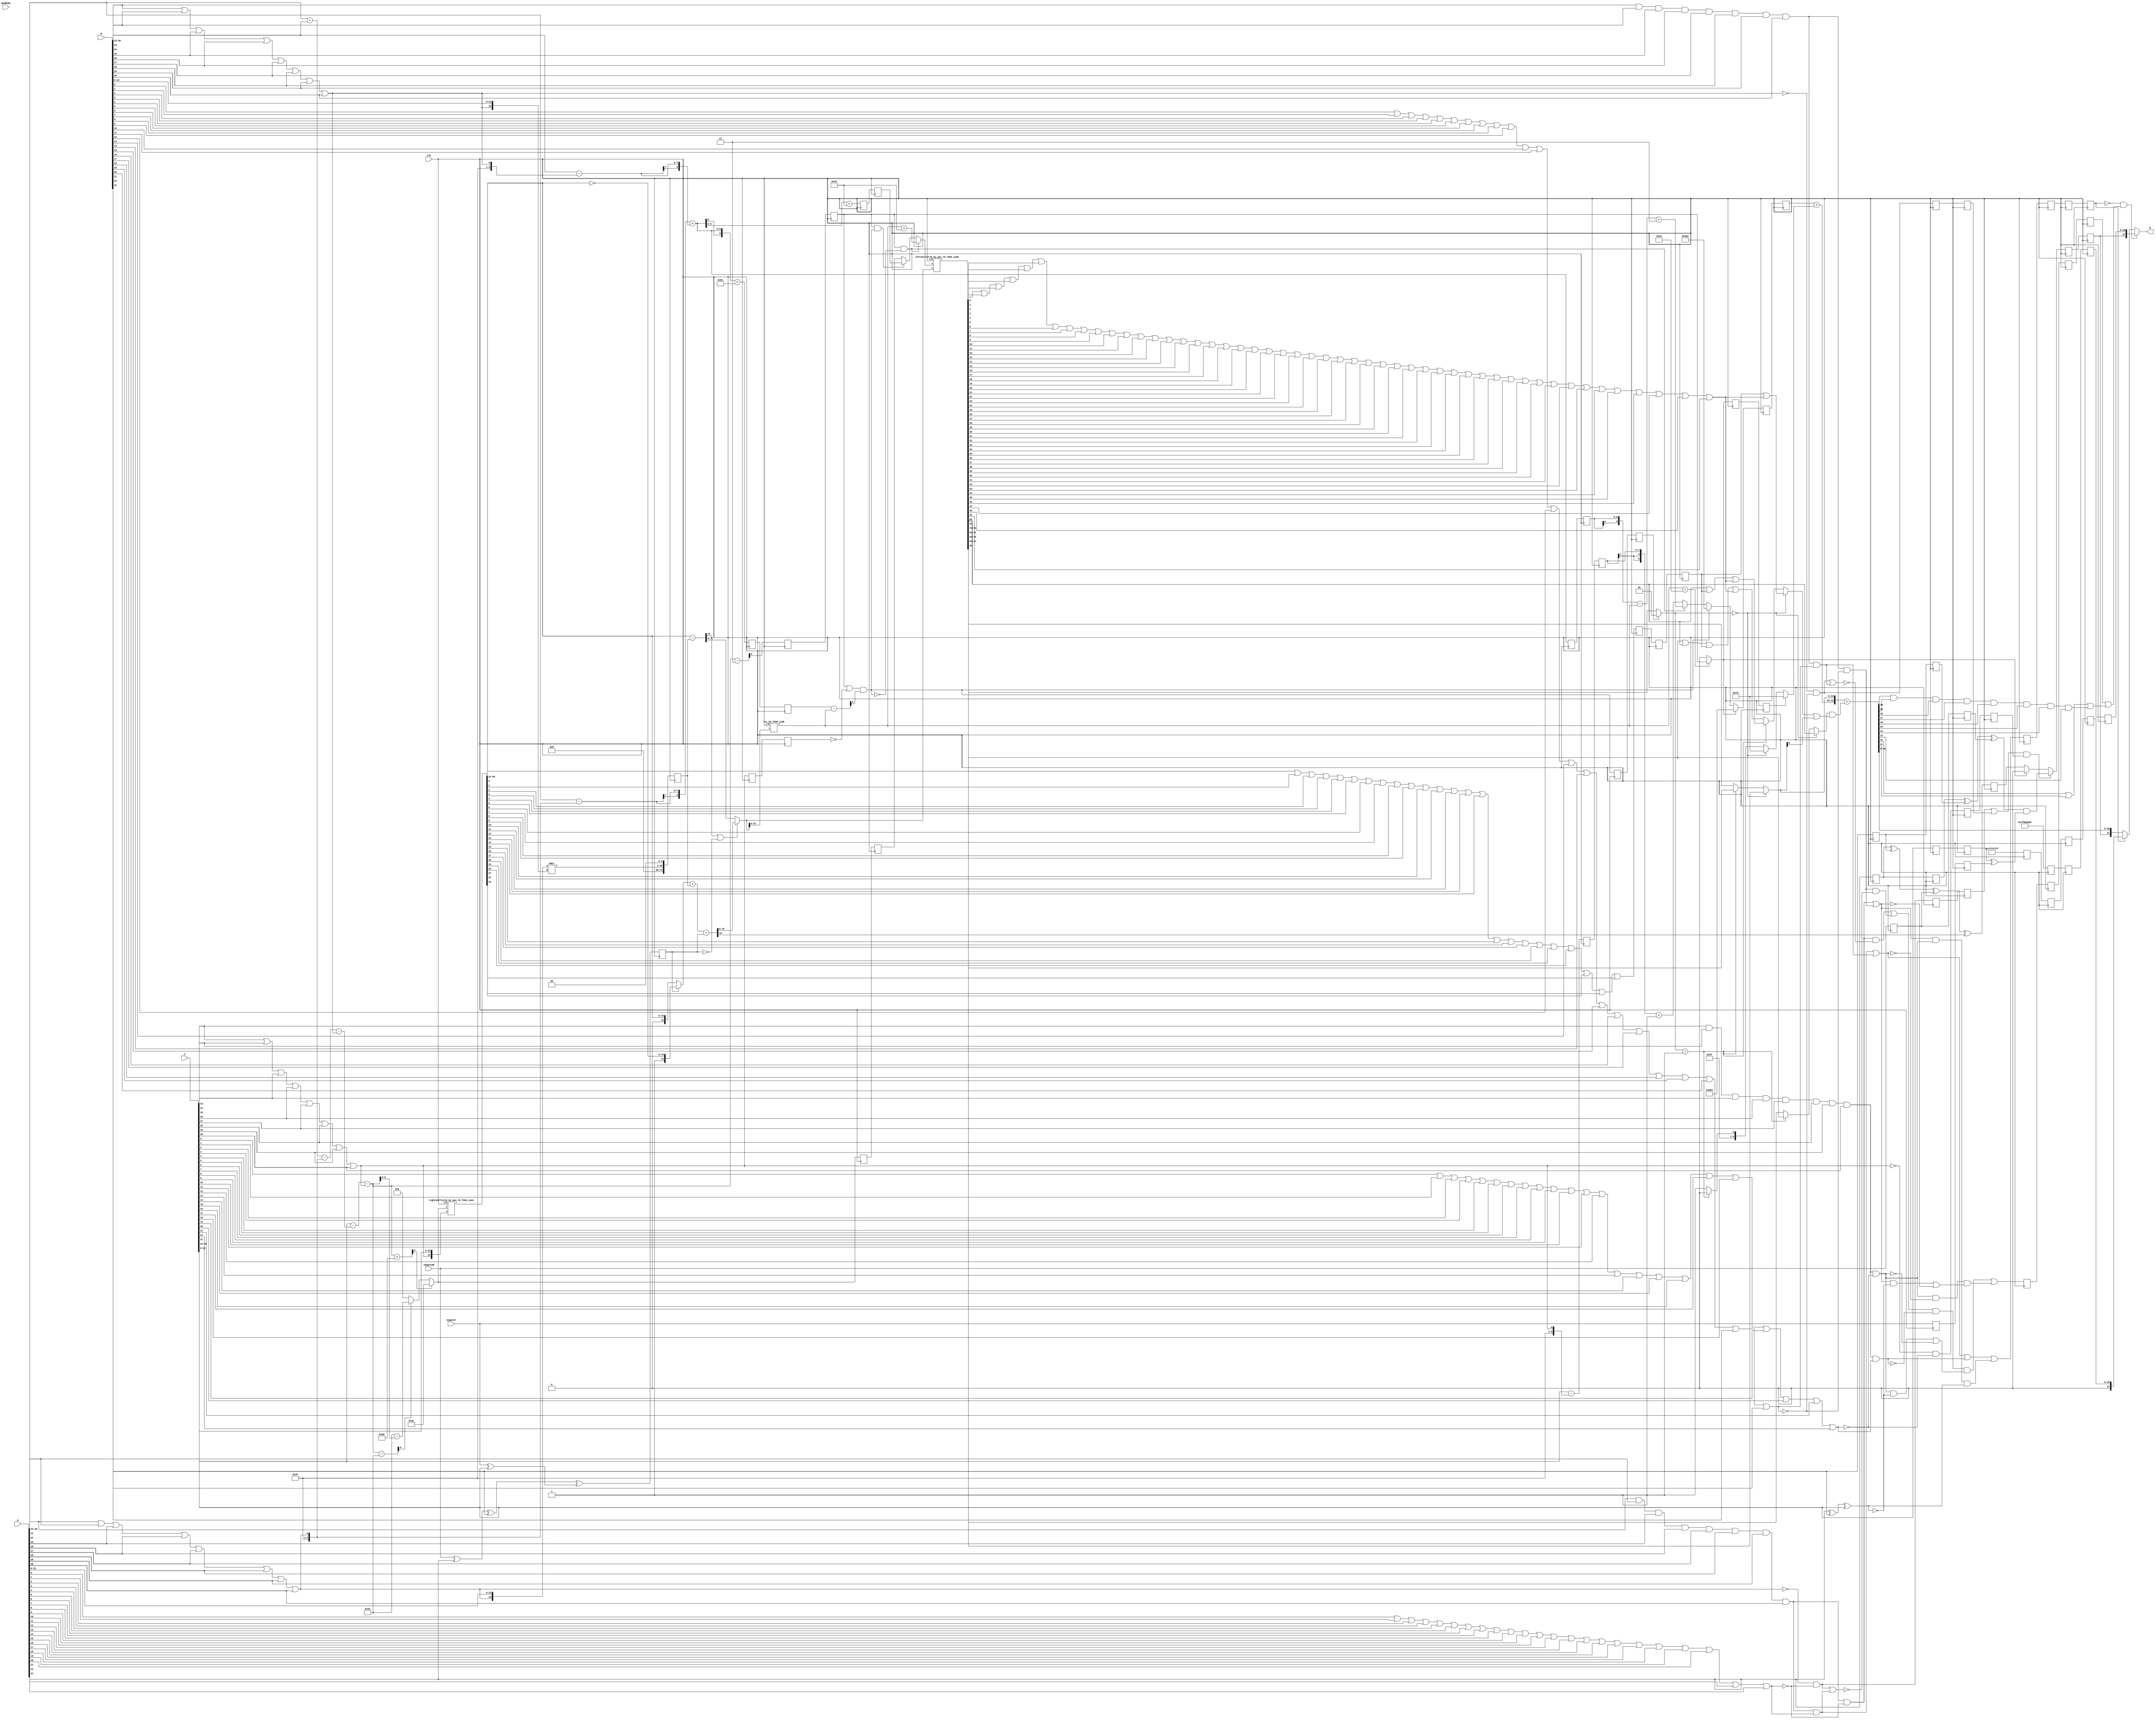
/* Generated by Yosys 0.13+37 (git sha1 675a7bd22, clang 11.0.1-2 -fPIC -Os) */

module IEEEFMA_S(clk, A, B, C, negateAB, negateC, RndMode, R);
  reg _000_;
  reg [8:0] _001_;
  wire _002_;
  wire _003_;
  wire _004_;
  wire _005_;
  wire _006_;
  wire _007_;
  wire _008_;
  wire _009_;
  wire _010_;
  wire _011_;
  reg _012_;
  wire _013_;
  wire _014_;
  wire _015_;
  wire _016_;
  wire _017_;
  wire _018_;
  wire _019_;
  wire _020_;
  wire _021_;
  wire _022_;
  reg _023_;
  wire _024_;
  wire _025_;
  wire _026_;
  wire _027_;
  wire _028_;
  wire _029_;
  wire _030_;
  wire _031_;
  wire _032_;
  wire _033_;
  reg _034_;
  wire _035_;
  wire _036_;
  wire _037_;
  wire _038_;
  wire _039_;
  wire _040_;
  wire _041_;
  wire _042_;
  wire _043_;
  wire _044_;
  reg _045_;
  wire _046_;
  wire _047_;
  wire _048_;
  wire _049_;
  wire _050_;
  wire [7:0] _051_;
  wire [7:0] _052_;
  wire [8:0] _053_;
  wire _054_;
  wire _055_;
  reg _056_;
  wire _057_;
  wire _058_;
  wire _059_;
  wire _060_;
  wire _061_;
  wire _062_;
  wire _063_;
  wire _064_;
  wire _065_;
  wire _066_;
  reg _067_;
  wire _068_;
  wire _069_;
  wire _070_;
  wire _071_;
  wire _072_;
  wire _073_;
  wire _074_;
  wire _075_;
  wire _076_;
  wire _077_;
  reg _078_;
  wire _079_;
  wire _080_;
  wire _081_;
  wire _082_;
  wire _083_;
  wire _084_;
  wire _085_;
  wire _086_;
  wire _087_;
  wire _088_;
  reg _089_;
  wire _090_;
  wire _091_;
  wire _092_;
  wire _093_;
  wire _094_;
  wire _095_;
  wire _096_;
  wire _097_;
  wire _098_;
  wire _099_;
  reg _100_;
  wire _101_;
  wire _102_;
  wire _103_;
  wire _104_;
  wire _105_;
  wire _106_;
  wire _107_;
  wire _108_;
  wire _109_;
  wire _110_;
  reg _111_;
  reg _112_;
  wire _113_;
  wire _114_;
  wire _115_;
  wire _116_;
  wire _117_;
  wire _118_;
  wire _119_;
  wire _120_;
  wire _121_;
  wire _122_;
  reg _123_;
  wire _124_;
  wire _125_;
  wire _126_;
  wire _127_;
  wire _128_;
  wire _129_;
  wire _130_;
  wire _131_;
  wire _132_;
  wire _133_;
  reg _134_;
  wire _135_;
  wire _136_;
  wire _137_;
  wire _138_;
  wire _139_;
  wire _140_;
  wire _141_;
  wire [7:0] _142_;
  wire _143_;
  wire _144_;
  reg _145_;
  wire _146_;
  wire _147_;
  wire [9:0] _148_;
  wire [9:0] _149_;
  wire [9:0] _150_;
  wire [9:0] _151_;
  wire [9:0] _152_;
  wire [9:0] _153_;
  wire [9:0] _154_;
  wire [9:0] _155_;
  reg _156_;
  wire [6:0] _157_;
  wire [6:0] _158_;
  wire [6:0] _159_;
  wire [99:0] _160_;
  wire _161_;
  wire _162_;
  wire _163_;
  wire _164_;
  wire _165_;
  wire _166_;
  reg [7:0] _167_;
  wire _168_;
  wire _169_;
  wire _170_;
  wire _171_;
  wire _172_;
  wire _173_;
  wire _174_;
  wire _175_;
  wire _176_;
  wire _177_;
  reg [7:0] _178_;
  wire _179_;
  wire _180_;
  wire _181_;
  wire _182_;
  wire _183_;
  wire _184_;
  wire _185_;
  wire [47:0] _186_;
  wire _187_;
  wire [76:0] _188_;
  reg _189_;
  wire [75:0] _190_;
  wire [76:0] _191_;
  wire [76:0] _192_;
  wire [76:0] _193_;
  wire _194_;
  wire _195_;
  wire _196_;
  wire _197_;
  wire _198_;
  wire [75:0] _199_;
  reg _200_;
  wire [5:0] _201_;
  wire [9:0] _202_;
  wire [9:0] _203_;
  wire _204_;
  wire _205_;
  wire _206_;
  wire _207_;
  wire _208_;
  wire _209_;
  wire _210_;
  reg _211_;
  wire _212_;
  wire _213_;
  wire _214_;
  wire _215_;
  wire _216_;
  wire _217_;
  wire [8:0] _218_;
  wire [6:0] _219_;
  wire _220_;
  wire _221_;
  reg _222_;
  reg [6:0] _223_;
  wire [6:0] _224_;
  wire _225_;
  wire [6:0] _226_;
  wire [150:0] _227_;
  wire [9:0] _228_;
  wire [9:0] _229_;
  wire [9:0] _230_;
  wire [9:0] _231_;
  wire _232_;
  wire _233_;
  reg [6:0] _234_;
  wire [9:0] _235_;
  wire [9:0] _236_;
  wire _237_;
  wire _238_;
  wire _239_;
  wire _240_;
  wire _241_;
  wire _242_;
  wire _243_;
  wire _244_;
  reg _245_;
  wire _246_;
  wire _247_;
  wire _248_;
  wire _249_;
  wire _250_;
  wire _251_;
  wire _252_;
  wire _253_;
  wire _254_;
  wire _255_;
  reg _256_;
  wire _257_;
  wire _258_;
  wire _259_;
  wire _260_;
  wire _261_;
  wire _262_;
  wire _263_;
  wire _264_;
  wire _265_;
  wire _266_;
  reg _267_;
  wire _268_;
  wire _269_;
  wire _270_;
  wire _271_;
  wire _272_;
  wire _273_;
  wire _274_;
  wire _275_;
  wire _276_;
  wire _277_;
  reg [75:0] _278_;
  wire _279_;
  wire _280_;
  wire _281_;
  wire _282_;
  wire _283_;
  wire _284_;
  wire _285_;
  wire _286_;
  wire _287_;
  wire _288_;
  reg _289_;
  wire _290_;
  wire [1:0] _291_;
  wire _292_;
  wire [22:0] _293_;
  wire _294_;
  wire [22:0] _295_;
  wire _296_;
  wire _297_;
  wire _298_;
  wire _299_;
  reg [9:0] _300_;
  wire _301_;
  wire _302_;
  wire _303_;
  wire _304_;
  wire _305_;
  wire _306_;
  wire _307_;
  wire _308_;
  wire _309_;
  wire _310_;
  reg [9:0] _311_;
  wire _312_;
  wire _313_;
  wire [9:0] _314_;
  wire _315_;
  wire [9:0] _316_;
  wire _317_;
  wire [9:0] _318_;
  wire [9:0] _319_;
  wire [32:0] _320_;
  wire _321_;
  reg _322_;
  wire _323_;
  wire _324_;
  wire _325_;
  wire _326_;
  wire _327_;
  wire _328_;
  wire _329_;
  wire _330_;
  wire _331_;
  wire _332_;
  reg _333_;
  reg _334_;
  wire _335_;
  wire [31:0] _336_;
  wire [31:0] _337_;
  reg _338_;
  reg _339_;
  reg _340_;
  reg _341_;
  reg [8:0] _342_;
  reg [8:0] _343_;
  reg [9:0] _344_;
  reg [9:0] _345_;
  reg [30:0] _346_;
  reg _347_;
  reg [30:0] _348_;
  reg [30:0] _349_;
  reg [30:0] _350_;
  reg [30:0] _351_;
  reg [30:0] _352_;
  reg [30:0] _353_;
  reg [30:0] _354_;
  reg _355_;
  reg _356_;
  reg _357_;
  reg _358_;
  reg _359_;
  wire _360_;
  wire _361_;
  wire _362_;
  wire _363_;
  wire _364_;
  wire _365_;
  wire _366_;
  wire _367_;
  wire _368_;
  reg _369_;
  wire _370_;
  wire _371_;
  wire _372_;
  wire _373_;
  wire _374_;
  wire _375_;
  wire _376_;
  wire _377_;
  wire _378_;
  wire _379_;
  reg _380_;
  wire _381_;
  wire _382_;
  wire _383_;
  wire _384_;
  wire _385_;
  wire _386_;
  wire _387_;
  wire _388_;
  wire _389_;
  wire _390_;
  reg [8:0] _391_;
  wire _392_;
  wire _393_;
  wire _394_;
  wire _395_;
  wire _396_;
  wire _397_;
  wire _398_;
  wire _399_;
  wire _400_;
  wire _401_;
  input [31:0] A;
  wire [31:0] A;
  input [31:0] B;
  wire [31:0] B;
  input [31:0] C;
  wire [31:0] C;
  output [31:0] R;
  wire [31:0] R;
  input [1:0] RndMode;
  wire [1:0] RndMode;
  wire [7:0] aexp;
  wire [7:0] aexpfield;
  wire [8:0] aexpplusbexp;
  wire [8:0] aexpplusbexp_d1;
  wire [8:0] aexpplusbexp_d2;
  wire ahasnonnullsig;
  wire aisinf;
  wire aisinfornan;
  wire aisnan;
  wire aisnormal;
  wire aiszero;
  wire aiszero_d1;
  wire aiszero_d2;
  wire asgn;
  wire asgn_d1;
  wire asgn_d2;
  wire [23:0] asig;
  wire [22:0] asigfield;
  wire [7:0] bexp;
  wire [7:0] bexpfield;
  wire bhasnonnullsig;
  wire [76:0] bigsum;
  wire [76:0] bigsum2;
  wire [75:0] bigsumabs;
  wire [51:0] bigsumabslowerbits;
  wire [150:0] bigsumnormd;
  wire bisinf;
  wire bisinfornan;
  wire bisnan;
  wire bisnormal;
  wire biszero;
  wire biszero_d1;
  wire biszero_d2;
  wire bsgn;
  wire bsgn_d1;
  wire bsgn_d2;
  wire [23:0] bsig;
  wire [22:0] bsigfield;
  wire [7:0] cexp;
  wire [7:0] cexp_d1;
  wire [7:0] cexp_d2;
  wire [7:0] cexpfield;
  wire chasnonnullsig;
  wire cisinf;
  wire cisinfornan;
  wire cisnan;
  wire cisnormal;
  wire cisnormal_d1;
  wire cisnormal_d2;
  wire ciszero;
  wire ciszero_d1;
  wire ciszero_d2;
  input clk;
  wire clk;
  wire csgn;
  wire csgn_d1;
  wire csgn_d2;
  wire [23:0] csig;
  wire [22:0] csigfield;
  wire [76:0] csiginverted;
  wire [99:0] csigshifted;
  wire [75:0] csigshiftedt;
  wire effectivesub;
  wire effectivesub_d1;
  wire [9:0] expdiff;
  wire expdiffnotlarge;
  wire [9:0] expdiffprepare;
  wire expdiffsmall;
  wire expdiffsmall_d1;
  wire expdiffsmall_d2;
  wire expdiffverysmall;
  wire [9:0] exponentresult1;
  wire [9:0] exptentative;
  wire [9:0] exptentative_d1;
  wire [9:0] exptentative_d2;
  wire [9:0] expupdate;
  wire finalrisinf;
  wire [1:0] fracleadingbits;
  wire [1:0] fracleadingbitsnormal;
  wire [22:0] fracresultnormd;
  wire fracresultroundbit;
  wire fracresultstickybit;
  wire [26:0] fractentative;
  wire [5:0] \ieeefma_8_23_f300_uid2leadingzerocounter:636 ;
  wire [30:0] inf;
  wire [30:0] inf_d1;
  wire [30:0] inf_d2;
  wire [30:0] inf_d3;
  wire [30:0] inf_d4;
  wire [5:0] l;
  wire [30:0] nan;
  wire [30:0] nan_d1;
  wire [30:0] nan_d2;
  wire [30:0] nan_d3;
  wire [30:0] nan_d4;
  input negateAB;
  wire negateAB;
  input negateC;
  wire negateC;
  wire negateab_d1;
  wire negateab_d2;
  wire negatec_d1;
  wire negatec_d2;
  wire [150:0] \normalizationshifter:700 ;
  wire [6:0] normshiftvalue;
  wire [47:0] p;
  wire [75:0] paligned;
  wire [75:0] paligned_d1;
  wire [32:0] resultbeforeround;
  wire [32:0] resultrounded;
  wire [99:0] \rightshiftercomponent:531 ;
  wire risnan;
  wire risnan_d1;
  wire risnan_d2;
  wire risnan_d3;
  wire risnan_d4;
  wire rissubnormal;
  wire rissubnormal_d1;
  wire rissubnormal_d2;
  wire riszero;
  wire riszero_d1;
  wire riszero_d2;
  wire round;
  wire roverflowed;
  wire rsgn;
  wire rsgn_d1;
  wire rsgn_d2;
  wire rsgntentative;
  wire rsgntentative_d1;
  wire [6:0] shiftvalue;
  wire [6:0] shiftvalue_d1;
  wire [6:0] shiftvalue_d2;
  wire [8:0] shiftvaluecasesubnormal;
  wire [8:0] shiftvaluecasesubnormal_d1;
  wire [8:0] shiftvaluecasesubnormal_d2;
  wire sticky1;
  wire sticky1_d1;
  wire sticky1_d2;
  wire sticky1_d3;
  wire sticky2;
  wire tentativerisinf;
  wire tentativerisinf_d1;
  wire tentativerisinf_d2;
  wire tentativerisinf_d3;
  wire tentativerisinf_d4;
  wire [9:0] tmpexpcomp1;
  wire [9:0] tmpexpcomp2;
  wire [9:0] tmpexpcomp3;
  wire [9:0] tmpexpcompres1;
  wire [9:0] tmpexpcompres1_d1;
  wire [9:0] tmpexpcompres1_d2;
  wire [9:0] tmpexpcompres2;
  always @(posedge clk)
    _289_ <= rsgntentative;
  always @(posedge clk)
    _300_ <= tmpexpcompres1;
  always @(posedge clk)
    _311_ <= tmpexpcompres1_d1;
  always @(posedge clk)
    _322_ <= rissubnormal;
  always @(posedge clk)
    _334_ <= rissubnormal_d1;
  always @(posedge clk)
    _338_ <= riszero;
  always @(posedge clk)
    _339_ <= riszero_d1;
  always @(posedge clk)
    _340_ <= rsgn;
  always @(posedge clk)
    _341_ <= rsgn_d1;
  always @(posedge clk)
    _342_ <= shiftvaluecasesubnormal;
  always @(posedge clk)
    _343_ <= shiftvaluecasesubnormal_d1;
  always @(posedge clk)
    _344_ <= exptentative;
  always @(posedge clk)
    _345_ <= exptentative_d1;
  always @(posedge clk)
    _346_ <= inf;
  always @(posedge clk)
    _348_ <= inf_d1;
  always @(posedge clk)
    _349_ <= inf_d2;
  always @(posedge clk)
    _350_ <= inf_d3;
  always @(posedge clk)
    _351_ <= nan;
  always @(posedge clk)
    _352_ <= nan_d1;
  always @(posedge clk)
    _353_ <= nan_d2;
  always @(posedge clk)
    _354_ <= nan_d3;
  always @(posedge clk)
    _355_ <= negateAB;
  always @(posedge clk)
    _356_ <= negateab_d1;
  always @(posedge clk)
    _357_ <= negateC;
  always @(posedge clk)
    _359_ <= negatec_d1;
  assign _360_ = A[23] | A[24];
  assign _361_ = _360_ | A[25];
  assign _362_ = _361_ | A[26];
  assign _363_ = _362_ | A[27];
  assign _364_ = _363_ | A[28];
  assign _365_ = _364_ | A[29];
  assign _366_ = _365_ | A[30];
  assign _367_ = A[23] & A[24];
  assign _368_ = _367_ & A[25];
  assign _370_ = _368_ & A[26];
  assign _371_ = _370_ & A[27];
  assign _372_ = _371_ & A[28];
  assign _373_ = _372_ & A[29];
  assign _374_ = _373_ & A[30];
  assign _375_ = A[0] | A[1];
  assign _376_ = _375_ | A[2];
  assign _377_ = _376_ | A[3];
  assign _378_ = _377_ | A[4];
  assign _379_ = _378_ | A[5];
  assign _381_ = _379_ | A[6];
  assign _382_ = _381_ | A[7];
  assign _383_ = _382_ | A[8];
  assign _384_ = _383_ | A[9];
  assign _385_ = _384_ | A[10];
  assign _386_ = _385_ | A[11];
  assign _387_ = _386_ | A[12];
  assign _388_ = _387_ | A[13];
  assign _389_ = _388_ | A[14];
  assign _390_ = _389_ | A[15];
  assign _392_ = _390_ | A[16];
  assign _393_ = _392_ | A[17];
  assign _394_ = _393_ | A[18];
  assign _395_ = _394_ | A[19];
  assign _396_ = _395_ | A[20];
  assign _397_ = _396_ | A[21];
  assign _398_ = _397_ | A[22];
  assign _399_ = ~ aisnormal;
  assign _400_ = ~ ahasnonnullsig;
  assign _401_ = _399_ & _400_;
  assign _002_ = ~ ahasnonnullsig;
  assign _003_ = aisinfornan & _002_;
  assign _004_ = aisinfornan & ahasnonnullsig;
  assign _005_ = B[23] | B[24];
  assign _006_ = _005_ | B[25];
  assign _007_ = _006_ | B[26];
  assign _008_ = _007_ | B[27];
  assign _009_ = _008_ | B[28];
  assign _010_ = _009_ | B[29];
  assign _011_ = _010_ | B[30];
  assign _013_ = B[23] & B[24];
  assign _014_ = _013_ & B[25];
  assign _015_ = _014_ & B[26];
  assign _016_ = _015_ & B[27];
  assign _017_ = _016_ & B[28];
  assign _018_ = _017_ & B[29];
  assign _019_ = _018_ & B[30];
  assign _020_ = B[0] | B[1];
  assign _021_ = _020_ | B[2];
  assign _022_ = _021_ | B[3];
  assign _024_ = _022_ | B[4];
  assign _025_ = _024_ | B[5];
  assign _026_ = _025_ | B[6];
  assign _027_ = _026_ | B[7];
  assign _028_ = _027_ | B[8];
  assign _029_ = _028_ | B[9];
  assign _030_ = _029_ | B[10];
  assign _031_ = _030_ | B[11];
  assign _032_ = _031_ | B[12];
  assign _033_ = _032_ | B[13];
  assign _035_ = _033_ | B[14];
  assign _036_ = _035_ | B[15];
  assign _037_ = _036_ | B[16];
  assign _038_ = _037_ | B[17];
  assign _039_ = _038_ | B[18];
  assign _040_ = _039_ | B[19];
  assign _041_ = _040_ | B[20];
  assign _042_ = _041_ | B[21];
  assign _043_ = _042_ | B[22];
  assign _044_ = ~ bisnormal;
  assign _046_ = ~ bhasnonnullsig;
  assign _047_ = _044_ & _046_;
  assign _048_ = ~ bhasnonnullsig;
  assign _049_ = bisinfornan & _048_;
  assign _050_ = bisinfornan & bhasnonnullsig;
  assign _051_ = aexpfield - { 7'h3f, aisnormal };
  assign _052_ = bexpfield - { 7'h3f, bisnormal };
  assign _053_ = { aexp[7], aexp } + { bexp[7], bexp };
  assign _054_ = C[23] | C[24];
  assign _055_ = _054_ | C[25];
  assign _057_ = _055_ | C[26];
  assign _058_ = _057_ | C[27];
  assign _059_ = _058_ | C[28];
  assign _060_ = _059_ | C[29];
  assign _061_ = _060_ | C[30];
  assign _062_ = C[23] & C[24];
  assign _063_ = _062_ & C[25];
  assign _064_ = _063_ & C[26];
  assign _065_ = _064_ & C[27];
  assign _066_ = _065_ & C[28];
  assign _068_ = _066_ & C[29];
  assign _069_ = _068_ & C[30];
  assign _070_ = C[0] | C[1];
  assign _071_ = _070_ | C[2];
  assign _072_ = _071_ | C[3];
  assign _073_ = _072_ | C[4];
  assign _074_ = _073_ | C[5];
  assign _075_ = _074_ | C[6];
  assign _076_ = _075_ | C[7];
  assign _077_ = _076_ | C[8];
  assign _079_ = _077_ | C[9];
  assign _080_ = _079_ | C[10];
  assign _081_ = _080_ | C[11];
  assign _082_ = _081_ | C[12];
  assign _083_ = _082_ | C[13];
  assign _084_ = _083_ | C[14];
  assign _085_ = _084_ | C[15];
  assign _086_ = _085_ | C[16];
  assign _087_ = _086_ | C[17];
  assign _088_ = _087_ | C[18];
  assign _090_ = _088_ | C[19];
  assign _091_ = _090_ | C[20];
  assign _092_ = _091_ | C[21];
  assign _093_ = _092_ | C[22];
  assign _094_ = ~ cisnormal;
  assign _095_ = ~ chasnonnullsig;
  assign _096_ = _094_ & _095_;
  assign _097_ = ~ chasnonnullsig;
  assign _098_ = cisinfornan & _097_;
  assign _099_ = cisinfornan & chasnonnullsig;
  assign _101_ = aisnan | bisnan;
  assign _102_ = _101_ | cisnan;
  assign _103_ = aisinf | bisinf;
  assign _104_ = _103_ & cisinf;
  assign _105_ = asgn ^ bsgn;
  assign _106_ = _105_ ^ csgn;
  assign _107_ = _104_ & _106_;
  assign _108_ = _102_ | _107_;
  assign _109_ = biszero | bisnan;
  assign _110_ = ~ _109_;
  assign _113_ = aisinf & _110_;
  assign _114_ = aiszero | aisnan;
  assign _115_ = ~ _114_;
  assign _116_ = bisinf & _115_;
  assign _117_ = _113_ | _116_;
  assign _118_ = ~ cisnan;
  assign _119_ = _117_ & _118_;
  assign _120_ = asgn ^ bsgn;
  assign _121_ = _120_ ^ csgn;
  assign _122_ = ~ _121_;
  assign _124_ = cisinf & _122_;
  assign _125_ = ~ cisinf;
  assign _126_ = _124_ | _125_;
  assign _127_ = _119_ & _126_;
  assign _128_ = aisnan | bisnan;
  assign _129_ = ~ _128_;
  assign _130_ = cisinf & _129_;
  assign _131_ = aisinf | bisinf;
  assign _132_ = asgn ^ bsgn;
  assign _133_ = _132_ ^ csgn;
  assign _135_ = ~ _133_;
  assign _136_ = _131_ & _135_;
  assign _137_ = aisinf | bisinf;
  assign _138_ = ~ _137_;
  assign _139_ = _136_ | _138_;
  assign _140_ = _130_ & _139_;
  assign _141_ = _127_ | _140_;
  assign _142_ = cexpfield - { 7'h3f, cisnormal };
  assign _143_ = negateAB ^ asgn;
  assign _144_ = _143_ ^ bsgn;
  assign _146_ = negateC ^ csgn;
  assign _147_ = _144_ ^ _146_;
  assign _148_ = { 2'h0, aexpfield } + { 2'h0, bexpfield };
  assign _149_ = _148_ - { 9'h03f, aisnormal };
  assign _150_ = _149_ - { 9'h000, bisnormal };
  assign _151_ = { 2'h0, cexpfield } - expdiffprepare;
  assign _152_ = _151_ - { 9'h000, cisnormal };
  assign _153_ = expdiff + 10'h030;
  assign _154_ = expdiff - 10'h003;
  assign _155_ = expdiff - 10'h01b;
  assign _157_ = expdiffverysmall ? 7'h4c : _159_;
  assign _158_ = 7'h1b - expdiff[6:0];
  assign _159_ = expdiffnotlarge ? _158_ : 7'h00;
  assign _161_ = csigshifted[0] | csigshifted[1];
  assign _162_ = _161_ | csigshifted[2];
  assign _163_ = _162_ | csigshifted[3];
  assign _164_ = _163_ | csigshifted[4];
  assign _165_ = _164_ | csigshifted[5];
  assign _166_ = _165_ | csigshifted[6];
  assign _168_ = _166_ | csigshifted[7];
  assign _169_ = _168_ | csigshifted[8];
  assign _170_ = _169_ | csigshifted[9];
  assign _171_ = _170_ | csigshifted[10];
  assign _172_ = _171_ | csigshifted[11];
  assign _173_ = _172_ | csigshifted[12];
  assign _174_ = _173_ | csigshifted[13];
  assign _175_ = _174_ | csigshifted[14];
  assign _176_ = _175_ | csigshifted[15];
  assign _177_ = _176_ | csigshifted[16];
  assign _179_ = _177_ | csigshifted[17];
  assign _180_ = _179_ | csigshifted[18];
  assign _181_ = _180_ | csigshifted[19];
  assign _182_ = _181_ | csigshifted[20];
  assign _183_ = _182_ | csigshifted[21];
  assign _184_ = _183_ | csigshifted[22];
  assign _185_ = _184_ | csigshifted[23];
  assign _186_ = $signed({ 24'h000000, asig }) * $signed({ 24'h000000, bsig });
  assign _187_ = ~ effectivesub_d1;
  assign _188_ = _187_ ? { 1'h0, csigshiftedt } : { 1'h1, _190_ };
  assign _190_ = ~ csigshiftedt;
  assign _191_ = csiginverted + { 1'h0, paligned_d1 };
  assign _192_ = _191_ + { 76'h0000000000000000000, effectivesub_d1 };
  assign _193_ = { 1'h0, csigshiftedt } - { 1'h0, paligned_d1 };
  assign _194_ = asgn_d1 ^ bsgn_d1;
  assign _195_ = _194_ ^ negateab_d1;
  assign _196_ = _195_ ^ bigsum[76];
  assign _197_ = ~ effectivesub_d1;
  assign _198_ = bigsum2[76] | _197_;
  assign _199_ = _198_ ? bigsum[75:0] : bigsum2[75:0];
  assign _202_ = { aexpplusbexp[8], aexpplusbexp } + 10'h081;
  always @(posedge clk)
    _000_ <= asgn;
  assign _203_ = tmpexpcompres1_d2 - { 4'h0, l };
  assign _204_ = ~ cisnormal_d2;
  assign _205_ = expdiffsmall_d2 | _204_;
  assign _206_ = _205_ & tmpexpcompres2[9];
  always @(posedge clk)
    _111_ <= asgn_d1;
  assign _207_ = l == 6'h34;
  assign _208_ = _207_ ? expdiffsmall_d2 : 1'h0;
  always @(posedge clk)
    _222_ <= aiszero;
  assign _209_ = asgn_d2 ^ bsgn_d2;
  assign _210_ = _209_ ^ negateab_d2;
  assign _212_ = csgn_d2 ^ negatec_d2;
  assign _213_ = _210_ & _212_;
  assign _214_ = aiszero_d2 | biszero_d2;
  assign _215_ = _214_ & ciszero_d2;
  assign _216_ = _215_ ? _213_ : _217_;
  assign _217_ = riszero ? 1'h0 : rsgntentative_d1;
  always @(posedge clk)
    _333_ <= aiszero_d1;
  assign _218_ = aexpplusbexp + 9'h099;
  always @(posedge clk)
    _347_ <= bsgn;
  assign _219_ = { 1'h0, l } + 7'h19;
  assign _220_ = ~ rissubnormal;
  assign _221_ = expdiffsmall_d2 & _220_;
  assign _224_ = _221_ ? _219_ : _226_;
  assign _225_ = expdiffsmall_d2 & rissubnormal;
  assign _226_ = _225_ ? shiftvaluecasesubnormal_d2[6:0] : shiftvalue_d2;
  always @(posedge clk)
    _358_ <= bsgn_d1;
  assign _228_ = riszero ? 10'h383 : _229_;
  assign _229_ = rissubnormal ? 10'h382 : _235_;
  always @(posedge clk)
    _369_ <= biszero;
  assign _230_ = { aexpplusbexp_d2[8], aexpplusbexp_d2 } - { 4'h0, l };
  always @(posedge clk)
    _380_ <= biszero_d1;
  assign _231_ = _230_ + 10'h003;
  assign _232_ = ~ rissubnormal;
  assign _233_ = expdiffsmall_d2 & _232_;
  assign _235_ = _233_ ? _231_ : _236_;
  always @(posedge clk)
    _391_ <= aexpplusbexp;
  assign _236_ = { cexp_d2[7], cexp_d2[7], cexp_d2 } + 10'h001;
  always @(posedge clk)
    _001_ <= aexpplusbexp_d1;
  assign _237_ = bigsumnormd[0] | bigsumnormd[1];
  assign _238_ = _237_ | bigsumnormd[2];
  assign _239_ = _238_ | bigsumnormd[3];
  assign _240_ = _239_ | bigsumnormd[4];
  assign _241_ = _240_ | bigsumnormd[5];
  always @(posedge clk)
    _012_ <= csgn;
  assign _242_ = _241_ | bigsumnormd[6];
  assign _243_ = _242_ | bigsumnormd[7];
  assign _244_ = _243_ | bigsumnormd[8];
  assign _246_ = _244_ | bigsumnormd[9];
  assign _247_ = _246_ | bigsumnormd[10];
  always @(posedge clk)
    _023_ <= csgn_d1;
  assign _248_ = _247_ | bigsumnormd[11];
  assign _249_ = _248_ | bigsumnormd[12];
  assign _250_ = _249_ | bigsumnormd[13];
  assign _251_ = _250_ | bigsumnormd[14];
  assign _252_ = _251_ | bigsumnormd[15];
  always @(posedge clk)
    _034_ <= cisnormal;
  assign _253_ = _252_ | bigsumnormd[16];
  assign _254_ = _253_ | bigsumnormd[17];
  assign _255_ = _254_ | bigsumnormd[18];
  assign _257_ = _255_ | bigsumnormd[19];
  assign _258_ = _257_ | bigsumnormd[20];
  always @(posedge clk)
    _045_ <= cisnormal_d1;
  assign _259_ = _258_ | bigsumnormd[21];
  assign _260_ = _259_ | bigsumnormd[22];
  assign _261_ = _260_ | bigsumnormd[23];
  assign _262_ = _261_ | bigsumnormd[24];
  assign _263_ = _262_ | bigsumnormd[25];
  always @(posedge clk)
    _056_ <= ciszero;
  assign _264_ = _263_ | bigsumnormd[26];
  assign _265_ = _264_ | bigsumnormd[27];
  assign _266_ = _265_ | bigsumnormd[28];
  assign _268_ = _266_ | bigsumnormd[29];
  assign _269_ = _268_ | bigsumnormd[30];
  always @(posedge clk)
    _067_ <= ciszero_d1;
  assign _270_ = _269_ | bigsumnormd[31];
  assign _271_ = _270_ | bigsumnormd[32];
  assign _272_ = _271_ | bigsumnormd[33];
  assign _273_ = _272_ | bigsumnormd[34];
  assign _274_ = _273_ | bigsumnormd[35];
  always @(posedge clk)
    _078_ <= risnan;
  assign _275_ = _274_ | bigsumnormd[36];
  assign _276_ = _275_ | bigsumnormd[37];
  assign _277_ = _276_ | bigsumnormd[38];
  assign _279_ = _277_ | bigsumnormd[39];
  assign _280_ = _279_ | bigsumnormd[40];
  always @(posedge clk)
    _089_ <= risnan_d1;
  assign _281_ = _280_ | bigsumnormd[41];
  assign _282_ = _281_ | bigsumnormd[42];
  assign _283_ = _282_ | bigsumnormd[43];
  assign _284_ = _283_ | bigsumnormd[44];
  assign _285_ = _284_ | bigsumnormd[45];
  always @(posedge clk)
    _100_ <= risnan_d2;
  assign _286_ = _285_ | bigsumnormd[46];
  assign _287_ = _286_ | bigsumnormd[47];
  assign _288_ = _287_ | bigsumnormd[48];
  assign _290_ = _288_ | bigsumnormd[49];
  always @(posedge clk)
    _112_ <= risnan_d3;
  assign _291_ = rissubnormal_d2 ? 2'h1 : fracleadingbitsnormal;
  assign _292_ = fracleadingbits == 2'h0;
  assign _293_ = _292_ ? fractentative[23:1] : _295_;
  always @(posedge clk)
    _123_ <= tentativerisinf;
  assign _294_ = fracleadingbits == 2'h1;
  assign _295_ = _294_ ? fractentative[24:2] : fractentative[25:3];
  always @(posedge clk)
    _134_ <= tentativerisinf_d1;
  assign _296_ = fracleadingbits == 2'h0;
  assign _297_ = _296_ ? fractentative[0] : _299_;
  always @(posedge clk)
    _145_ <= tentativerisinf_d2;
  assign _298_ = fracleadingbits == 2'h1;
  assign _299_ = _298_ ? fractentative[1] : fractentative[2];
  assign _301_ = sticky1_d3 | sticky2;
  always @(posedge clk)
    _156_ <= tentativerisinf_d3;
  assign _302_ = fracleadingbits == 2'h0;
  assign _303_ = _302_ ? _301_ : _307_;
  assign _304_ = fractentative[0] | sticky1_d3;
  always @(posedge clk)
    _167_ <= cexp;
  assign _305_ = _304_ | sticky2;
  assign _306_ = fracleadingbits == 2'h1;
  assign _307_ = _306_ ? _305_ : _310_;
  always @(posedge clk)
    _178_ <= cexp_d1;
  assign _308_ = fractentative[1] | fractentative[0];
  assign _309_ = _308_ | sticky1_d3;
  assign _310_ = _309_ | sticky2;
  assign _312_ = fracresultstickybit | fracresultnormd[0];
  assign _313_ = fracresultroundbit & _312_;
  assign _314_ = riszero_d2 ? 10'h07d : _316_;
  always @(posedge clk)
    _189_ <= effectivesub;
  assign _315_ = fracleadingbits == 2'h0;
  assign _316_ = _315_ ? 10'h07d : _318_;
  always @(posedge clk)
    _200_ <= expdiffsmall;
  assign _317_ = fracleadingbits == 2'h1;
  assign _318_ = _317_ ? 10'h07e : 10'h07f;
  always @(posedge clk)
    _211_ <= expdiffsmall_d1;
  assign _319_ = exptentative_d2 + expupdate;
  always @(posedge clk)
    _223_ <= shiftvalue;
  assign _320_ = resultbeforeround + { 32'h00000000, round };
  assign _321_ = resultrounded[32] | resultrounded[31];
  assign _323_ = resultrounded[30] & resultrounded[29];
  always @(posedge clk)
    _234_ <= shiftvalue_d1;
  assign _324_ = _323_ & resultrounded[28];
  assign _325_ = _324_ & resultrounded[27];
  assign _326_ = _325_ & resultrounded[26];
  assign _327_ = _326_ & resultrounded[25];
  assign _328_ = _327_ & resultrounded[24];
  always @(posedge clk)
    _245_ <= sticky1;
  assign _329_ = _328_ & resultrounded[23];
  assign _330_ = _321_ | _329_;
  assign _331_ = tentativerisinf_d4 | roverflowed;
  assign _332_ = ~ risnan_d4;
  assign _335_ = _332_ & finalrisinf;
  assign _336_ = _335_ ? { rsgn_d2, inf_d4 } : _337_;
  always @(posedge clk)
    _256_ <= sticky1_d1;
  assign _337_ = risnan_d4 ? { 1'h0, nan_d4 } : { rsgn_d2, resultrounded[30:0] };
  always @(posedge clk)
    _267_ <= sticky1_d2;
  always @(posedge clk)
    _278_ <= paligned;
  lzc_52_f300_uid6 ieeefma_8_23_f300_uid2leadingzerocounter (
    .clk(clk),
    .i(bigsumabslowerbits),
    .o(_201_)
  );
  leftshifter76_by_max_75_f300_uid8 normalizationshifter (
    .clk(clk),
    .r(_227_),
    .s(normshiftvalue),
    .x(bigsumabs)
  );
  rightshifter24_by_max_76_f300_uid4 rightshiftercomponent (
    .clk(clk),
    .r(_160_),
    .s(shiftvalue),
    .x(csig)
  );
  assign asgn = A[31];
  assign asgn_d1 = _000_;
  assign asgn_d2 = _111_;
  assign aexpfield = A[30:23];
  assign asigfield = A[22:0];
  assign aisnormal = _366_;
  assign aisinfornan = _374_;
  assign ahasnonnullsig = _398_;
  assign aiszero = _401_;
  assign aiszero_d1 = _222_;
  assign aiszero_d2 = _333_;
  assign aisinf = _003_;
  assign aisnan = _004_;
  assign bsgn = B[31];
  assign bsgn_d1 = _347_;
  assign bsgn_d2 = _358_;
  assign bexpfield = B[30:23];
  assign bsigfield = B[22:0];
  assign bisnormal = _011_;
  assign bisinfornan = _019_;
  assign bhasnonnullsig = _043_;
  assign biszero = _047_;
  assign biszero_d1 = _369_;
  assign biszero_d2 = _380_;
  assign bisinf = _049_;
  assign bisnan = _050_;
  assign aexp = _051_;
  assign bexp = _052_;
  assign asig = { aisnormal, asigfield };
  assign bsig = { bisnormal, bsigfield };
  assign aexpplusbexp = _053_;
  assign aexpplusbexp_d1 = _391_;
  assign aexpplusbexp_d2 = _001_;
  assign csgn = C[31];
  assign csgn_d1 = _012_;
  assign csgn_d2 = _023_;
  assign cexpfield = C[30:23];
  assign csigfield = C[22:0];
  assign cisnormal = _061_;
  assign cisnormal_d1 = _034_;
  assign cisnormal_d2 = _045_;
  assign cisinfornan = _069_;
  assign chasnonnullsig = _093_;
  assign ciszero = _096_;
  assign ciszero_d1 = _056_;
  assign ciszero_d2 = _067_;
  assign cisinf = _098_;
  assign cisnan = _099_;
  assign risnan = _108_;
  assign risnan_d1 = _078_;
  assign risnan_d2 = _089_;
  assign risnan_d3 = _100_;
  assign risnan_d4 = _112_;
  assign tentativerisinf = _141_;
  assign tentativerisinf_d1 = _123_;
  assign tentativerisinf_d2 = _134_;
  assign tentativerisinf_d3 = _145_;
  assign tentativerisinf_d4 = _156_;
  assign cexp = _142_;
  assign cexp_d1 = _167_;
  assign cexp_d2 = _178_;
  assign effectivesub = _147_;
  assign effectivesub_d1 = _189_;
  assign csig = { cisnormal, csigfield };
  assign expdiffprepare = _150_;
  assign expdiff = _152_;
  assign tmpexpcomp1 = _153_;
  assign expdiffverysmall = tmpexpcomp1[9];
  assign tmpexpcomp2 = _154_;
  assign expdiffsmall = tmpexpcomp2[9];
  assign expdiffsmall_d1 = _200_;
  assign expdiffsmall_d2 = _211_;
  assign tmpexpcomp3 = _155_;
  assign expdiffnotlarge = tmpexpcomp3[9];
  assign shiftvalue = _157_;
  assign shiftvalue_d1 = _223_;
  assign shiftvalue_d2 = _234_;
  assign csigshifted = \rightshiftercomponent:531 ;
  assign sticky1 = _185_;
  assign sticky1_d1 = _245_;
  assign sticky1_d2 = _256_;
  assign sticky1_d3 = _267_;
  assign csigshiftedt = csigshifted[99:24];
  assign p = _186_;
  assign paligned = { 26'h0000000, p, 2'h0 };
  assign paligned_d1 = _278_;
  assign csiginverted = _188_;
  assign bigsum = _192_;
  assign bigsum2 = _193_;
  assign rsgntentative = _196_;
  assign rsgntentative_d1 = _289_;
  assign bigsumabs = _199_;
  assign bigsumabslowerbits = bigsumabs[51:0];
  assign l = \ieeefma_8_23_f300_uid2leadingzerocounter:636 ;
  assign tmpexpcompres1 = _202_;
  assign tmpexpcompres1_d1 = _300_;
  assign tmpexpcompres1_d2 = _311_;
  assign tmpexpcompres2 = _203_;
  assign rissubnormal = _206_;
  assign rissubnormal_d1 = _322_;
  assign rissubnormal_d2 = _334_;
  assign riszero = _208_;
  assign riszero_d1 = _338_;
  assign riszero_d2 = _339_;
  assign rsgn = _216_;
  assign rsgn_d1 = _340_;
  assign rsgn_d2 = _341_;
  assign shiftvaluecasesubnormal = _218_;
  assign shiftvaluecasesubnormal_d1 = _342_;
  assign shiftvaluecasesubnormal_d2 = _343_;
  assign normshiftvalue = _224_;
  assign bigsumnormd = \normalizationshifter:700 ;
  assign exptentative = _228_;
  assign exptentative_d1 = _344_;
  assign exptentative_d2 = _345_;
  assign sticky2 = _290_;
  assign fractentative = bigsumnormd[76:50];
  assign fracleadingbitsnormal = fractentative[26:25];
  assign fracleadingbits = _291_;
  assign fracresultnormd = _293_;
  assign fracresultroundbit = _297_;
  assign fracresultstickybit = _303_;
  assign round = _313_;
  assign expupdate = _314_;
  assign exponentresult1 = _319_;
  assign resultbeforeround = { exponentresult1, fracresultnormd };
  assign resultrounded = _320_;
  assign roverflowed = _330_;
  assign finalrisinf = _331_;
  assign inf = 31'h7f800000;
  assign inf_d1 = _346_;
  assign inf_d2 = _348_;
  assign inf_d3 = _349_;
  assign inf_d4 = _350_;
  assign nan = 31'h7fffffff;
  assign nan_d1 = _351_;
  assign nan_d2 = _352_;
  assign nan_d3 = _353_;
  assign nan_d4 = _354_;
  assign negateab_d1 = _355_;
  assign negateab_d2 = _356_;
  assign negatec_d1 = _357_;
  assign negatec_d2 = _359_;
  assign \rightshiftercomponent:531  = _160_;
  assign \ieeefma_8_23_f300_uid2leadingzerocounter:636  = _201_;
  assign \normalizationshifter:700  = _227_;
  assign R = _336_;
endmodule

module leftshifter76_by_max_75_f300_uid8(clk, x, s, r);
  reg [6:0] _00_;
  reg [6:0] _01_;
  reg [75:0] _02_;
  reg [76:0] _03_;
  reg [82:0] _04_;
  wire [76:0] _05_;
  wire [78:0] _06_;
  wire [82:0] _07_;
  wire [90:0] _08_;
  wire [106:0] _09_;
  wire [138:0] _10_;
  wire [202:0] _11_;
  input clk;
  wire clk;
  wire [75:0] level0;
  wire [75:0] level0_d1;
  wire [76:0] level1;
  wire [76:0] level1_d1;
  wire [78:0] level2;
  wire [82:0] level3;
  wire [82:0] level3_d1;
  wire [90:0] level4;
  wire [106:0] level5;
  wire [138:0] level6;
  wire [202:0] level7;
  wire [6:0] ps;
  wire [6:0] ps_d1;
  wire [6:0] ps_d2;
  output [150:0] r;
  wire [150:0] r;
  input [6:0] s;
  wire [6:0] s;
  input [75:0] x;
  wire [75:0] x;
  always @(posedge clk)
    _00_ <= ps;
  always @(posedge clk)
    _01_ <= ps_d1;
  always @(posedge clk)
    _02_ <= level0;
  always @(posedge clk)
    _03_ <= level1;
  always @(posedge clk)
    _04_ <= level3;
  assign _05_ = ps[0] ? { level0_d1, 1'h0 } : { 1'h0, level0_d1 };
  assign _06_ = ps_d1[1] ? { level1_d1, 2'h0 } : { 2'h0, level1_d1 };
  assign _07_ = ps_d1[2] ? { level2, 4'h0 } : { 4'h0, level2 };
  assign _08_ = ps_d2[3] ? { level3_d1, 8'h00 } : { 8'h00, level3_d1 };
  assign _09_ = ps_d2[4] ? { level4, 16'h0000 } : { 16'h0000, level4 };
  assign _10_ = ps_d2[5] ? { level5, 32'h00000000 } : { 32'h00000000, level5 };
  assign _11_ = ps_d2[6] ? { level6, 64'h0000000000000000 } : { 64'h0000000000000000, level6 };
  assign ps = s;
  assign ps_d1 = _00_;
  assign ps_d2 = _01_;
  assign level0 = x;
  assign level0_d1 = _02_;
  assign level1 = _05_;
  assign level1_d1 = _03_;
  assign level2 = _06_;
  assign level3 = _07_;
  assign level3_d1 = _04_;
  assign level4 = _08_;
  assign level5 = _09_;
  assign level6 = _10_;
  assign level7 = _11_;
  assign r = level7[150:0];
endmodule

module lzc_52_f300_uid6(clk, i, o);
  reg _00_;
  reg [30:0] _01_;
  reg _02_;
  wire _03_;
  wire _04_;
  wire [30:0] _05_;
  wire _06_;
  wire _07_;
  wire [14:0] _08_;
  wire _09_;
  wire _10_;
  wire [6:0] _11_;
  wire _12_;
  wire _13_;
  wire [2:0] _14_;
  wire _15_;
  wire _16_;
  wire _17_;
  wire _18_;
  wire [1:0] _19_;
  input clk;
  wire clk;
  wire digit2;
  wire digit3;
  wire digit4;
  wire digit4_d1;
  wire digit5;
  wire digit5_d1;
  input [51:0] i;
  wire [51:0] i;
  wire [2:0] level2;
  wire [6:0] level3;
  wire [14:0] level4;
  wire [30:0] level5;
  wire [30:0] level5_d1;
  wire [62:0] level6;
  wire [1:0] lowbits;
  output [5:0] o;
  wire [5:0] o;
  wire [3:0] outhighbits;
  always @(posedge clk)
    _00_ <= digit5;
  always @(posedge clk)
    _01_ <= level5;
  always @(posedge clk)
    _02_ <= digit4;
  assign _03_ = level6[62:31] == 32'd0;
  assign _04_ = _03_ ? 1'h1 : 1'h0;
  assign _05_ = digit5 ? level6[30:0] : level6[62:32];
  assign _06_ = level5[30:15] == 16'h0000;
  assign _07_ = _06_ ? 1'h1 : 1'h0;
  assign _08_ = digit4_d1 ? level5_d1[14:0] : level5_d1[30:16];
  assign _09_ = level4[14:7] == 8'h00;
  assign _10_ = _09_ ? 1'h1 : 1'h0;
  assign _11_ = digit3 ? level4[6:0] : level4[14:8];
  assign _12_ = level3[6:3] == 4'h0;
  assign _13_ = _12_ ? 1'h1 : 1'h0;
  assign _14_ = digit2 ? level3[2:0] : level3[6:4];
  assign _15_ = level2 == 3'h0;
  assign _16_ = level2 == 3'h1;
  assign _17_ = level2 == 3'h2;
  assign _18_ = level2 == 3'h3;
  function [1:0] \1109 ;
    input [1:0] a;
    input [7:0] b;
    input [3:0] s;
    (* parallel_case *)
    casez (s)
      4'b???1:
        \1109  = b[1:0];
      4'b??1?:
        \1109  = b[3:2];
      4'b?1??:
        \1109  = b[5:4];
      4'b1???:
        \1109  = b[7:6];
      default:
        \1109  = a;
    endcase
  endfunction
  assign _19_ = \1109 (2'h0, 8'h5b, { _18_, _17_, _16_, _15_ });
  assign level6 = { i, 11'h7ff };
  assign digit5 = _04_;
  assign digit5_d1 = _00_;
  assign level5 = _05_;
  assign level5_d1 = _01_;
  assign digit4 = _07_;
  assign digit4_d1 = _02_;
  assign level4 = _08_;
  assign digit3 = _10_;
  assign level3 = _11_;
  assign digit2 = _13_;
  assign level2 = _14_;
  assign lowbits = _19_;
  assign outhighbits = { digit5_d1, digit4_d1, digit3, digit2 };
  assign o = { outhighbits, lowbits };
endmodule

module rightshifter24_by_max_76_f300_uid4(clk, x, s, r);
  reg [6:0] _0_;
  reg [54:0] _1_;
  wire [24:0] _2_;
  wire [26:0] _3_;
  wire [30:0] _4_;
  wire [38:0] _5_;
  wire [54:0] _6_;
  wire [86:0] _7_;
  wire [150:0] _8_;
  input clk;
  wire clk;
  wire [23:0] level0;
  wire [24:0] level1;
  wire [26:0] level2;
  wire [30:0] level3;
  wire [38:0] level4;
  wire [54:0] level5;
  wire [54:0] level5_d1;
  wire [86:0] level6;
  wire [150:0] level7;
  wire [6:0] ps;
  wire [6:0] ps_d1;
  output [99:0] r;
  wire [99:0] r;
  input [6:0] s;
  wire [6:0] s;
  input [23:0] x;
  wire [23:0] x;
  assign _5_ = ps[3] ? { 8'h00, level3 } : { level3, 8'h00 };
  assign _6_ = ps[4] ? { 16'h0000, level4 } : { level4, 16'h0000 };
  assign _7_ = ps_d1[5] ? { 32'h00000000, level5_d1 } : { level5_d1, 32'h00000000 };
  assign _8_ = ps_d1[6] ? { 64'h0000000000000000, level6 } : { level6, 64'h0000000000000000 };
  always @(posedge clk)
    _0_ <= ps;
  always @(posedge clk)
    _1_ <= level5;
  assign _2_ = ps[0] ? { 1'h0, level0 } : { level0, 1'h0 };
  assign _3_ = ps[1] ? { 2'h0, level1 } : { level1, 2'h0 };
  assign _4_ = ps[2] ? { 4'h0, level2 } : { level2, 4'h0 };
  assign ps = s;
  assign ps_d1 = _0_;
  assign level0 = x;
  assign level1 = _2_;
  assign level2 = _3_;
  assign level3 = _4_;
  assign level4 = _5_;
  assign level5 = _6_;
  assign level5_d1 = _1_;
  assign level6 = _7_;
  assign level7 = _8_;
  assign r = level7[150:51];
endmodule